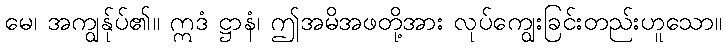
မေ၊ အကျွန်ုပ်၏။ ဣဒံ ဋ္ဌာနံ၊ ဤအမိအဖတို့အား လုပ်ကျွေးခြင်းတည်းဟူသော။